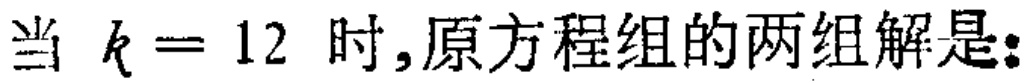
当 \(k = 12\) 时,原方程组的两组解是: